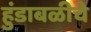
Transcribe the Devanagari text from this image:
हुंडाबळीचे